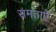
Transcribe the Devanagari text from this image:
समताएँ